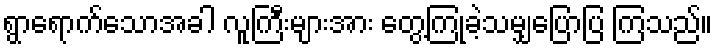
ရွာရောက်သောအခါ လူကြီးများအား တွေ့ကြုံခဲ့သမျှပြောပြ ကြသည်။